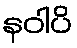
နဝါပိ